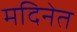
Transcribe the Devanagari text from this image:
मदिनेत